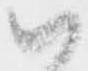
ハ